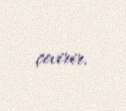
çevirir.